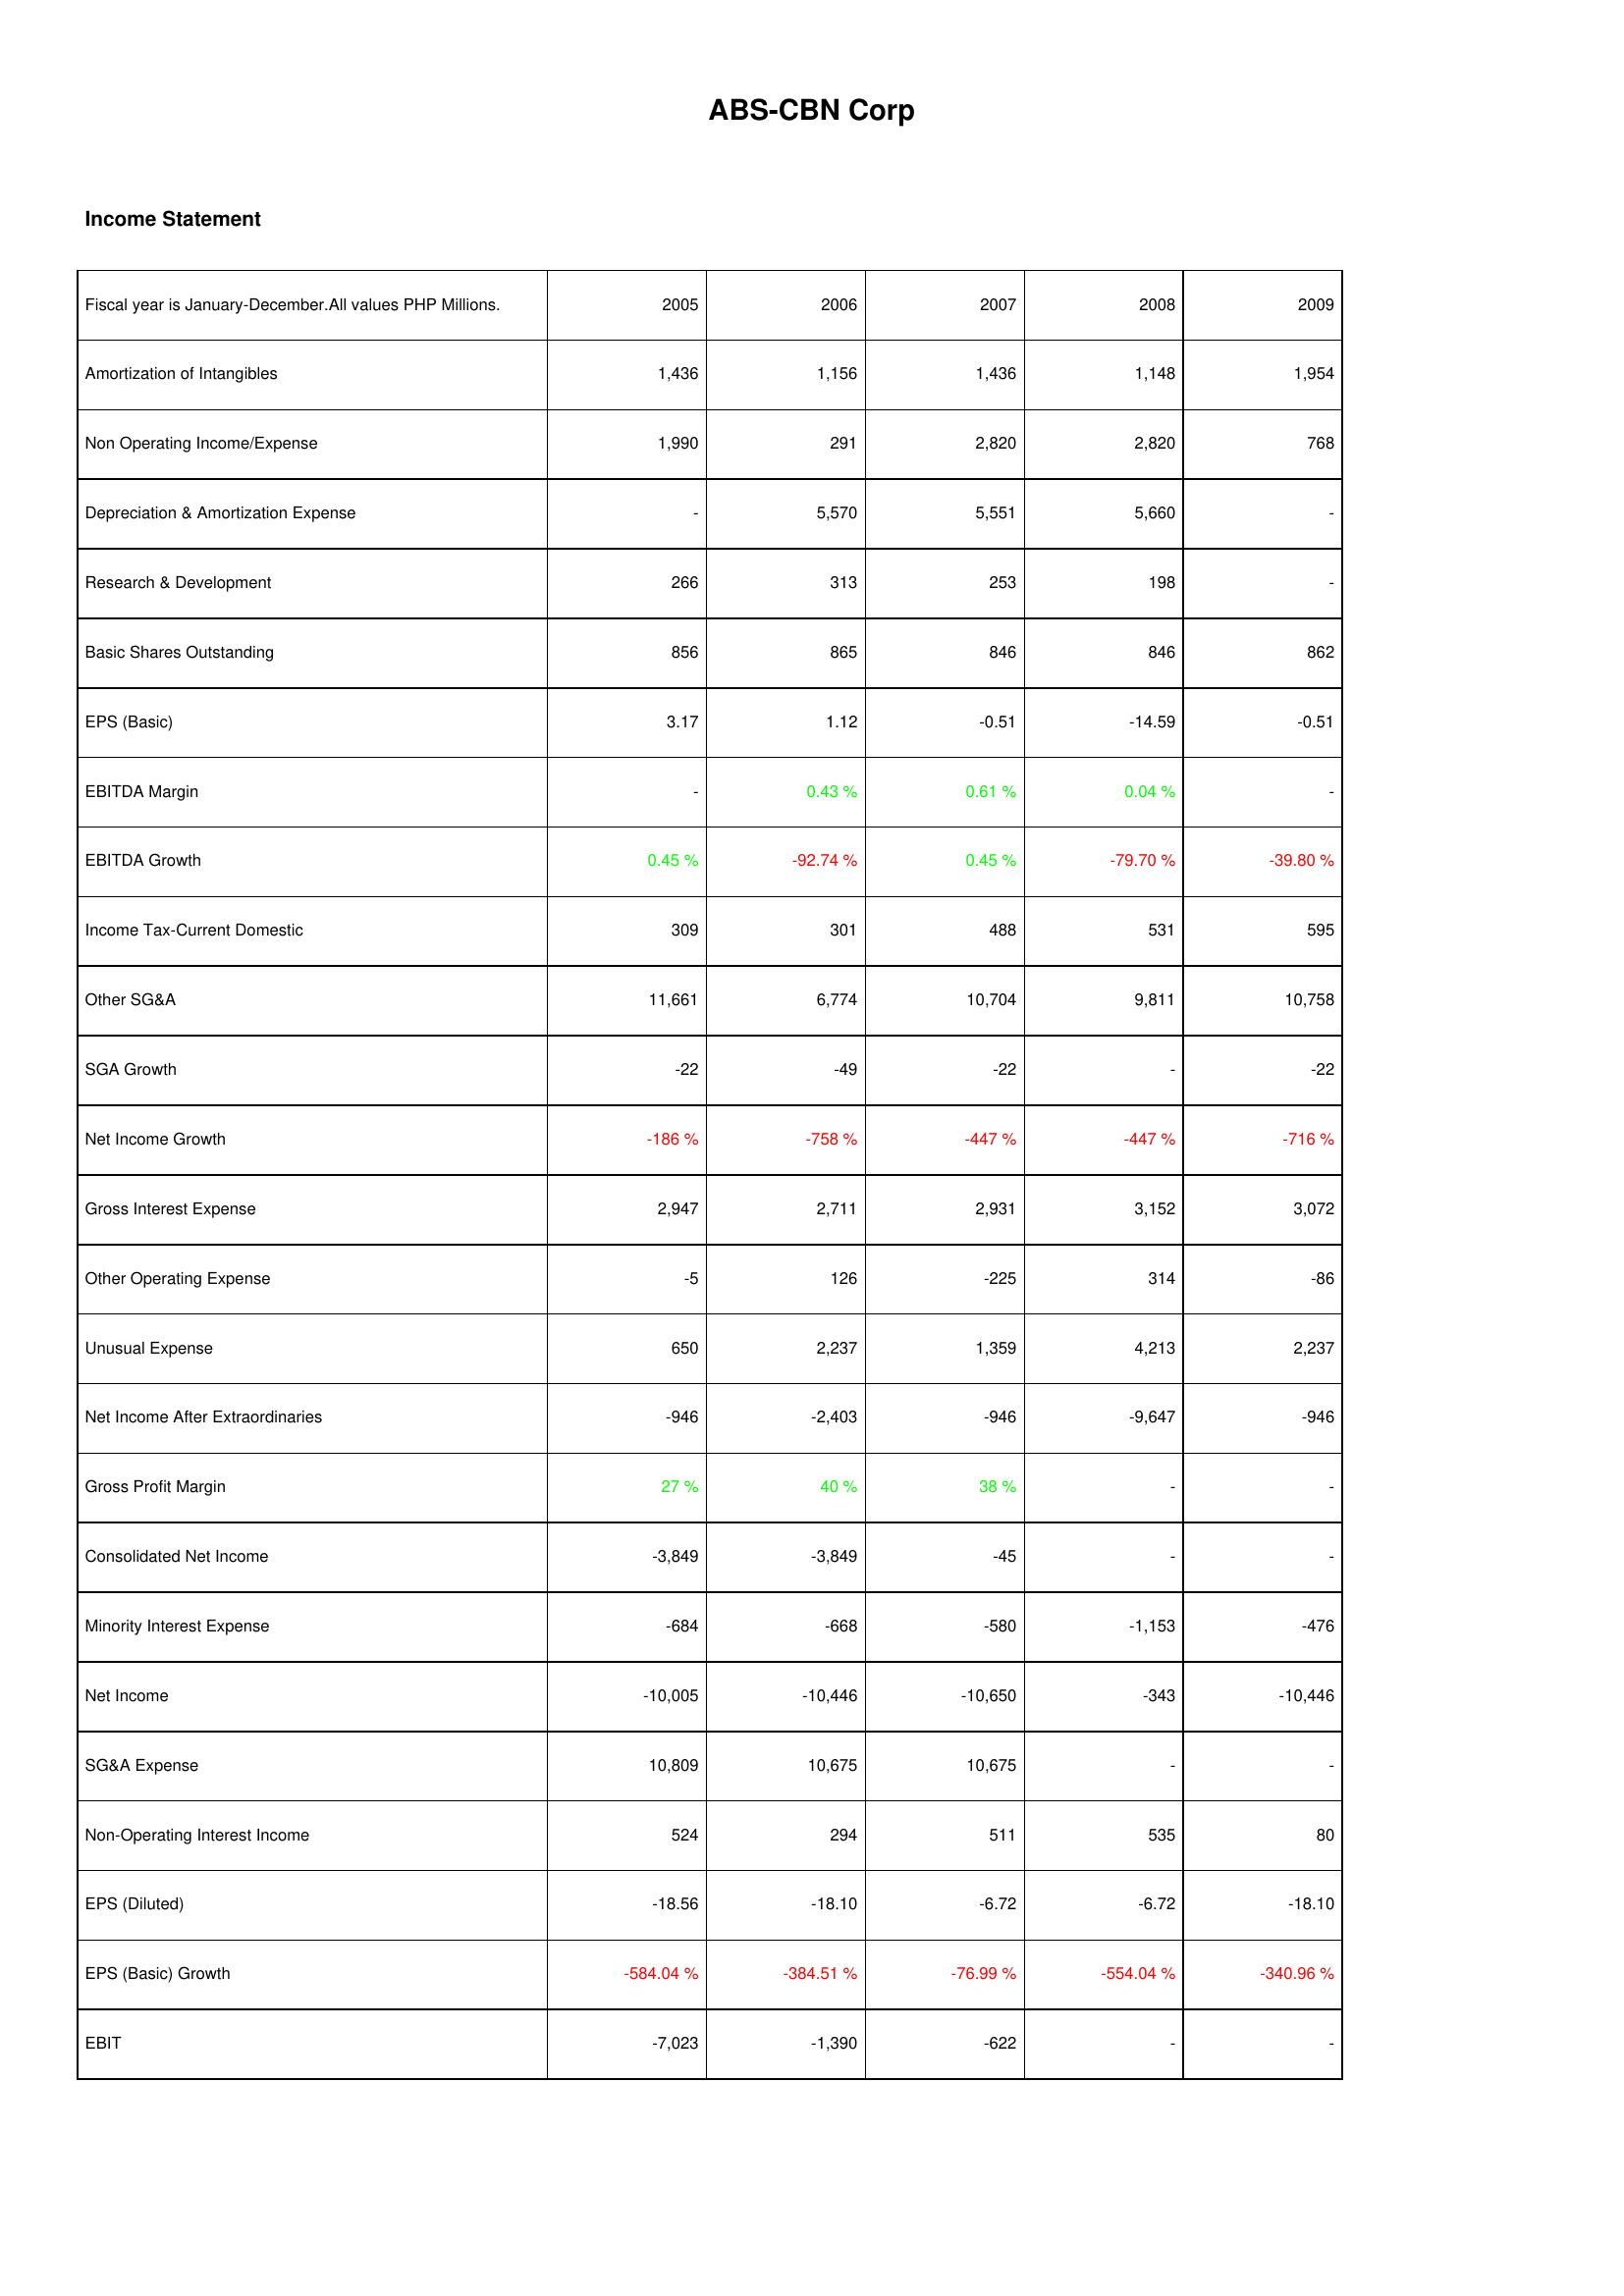
2005: Income Statement: Amortization of Intangibles: 1,436
Non Operating Income/Expense: 1,990
Depreciation & Amortization Expense: -
Research & Development: 266
Basic Shares Outstanding: 856
EPS (Basic): 3.17
EBITDA Margin: -
EBITDA Growth: 0.45 %
Income Tax-Current Domestic: 309
Other SG&A: 11,661
SGA Growth: -22
Net Income Growth: -186 %
Gross Interest Expense: 2,947
Other Operating Expense: -5
Unusual Expense: 650
Net Income After Extraordinaries: -946
Gross Profit Margin: 27 %
Consolidated Net Income: -3,849
Minority Interest Expense: -684
Net Income: -10,005
SG&A Expense: 10,809
Non-Operating Interest Income: 524
EPS (Diluted): -18.56
EPS (Basic) Growth: -584.04 %
EBIT: -7,023
2006: Income Statement: Amortization of Intangibles: 1,156
Non Operating Income/Expense: 291
Depreciation & Amortization Expense: 5,570
Research & Development: 313
Basic Shares Outstanding: 865
EPS (Basic): 1.12
EBITDA Margin: 0.43 %
EBITDA Growth: -92.74 %
Income Tax-Current Domestic: 301
Other SG&A: 6,774
SGA Growth: -49
Net Income Growth: -758 %
Gross Interest Expense: 2,711
Other Operating Expense: 126
Unusual Expense: 2,237
Net Income After Extraordinaries: -2,403
Gross Profit Margin: 40 %
Consolidated Net Income: -3,849
Minority Interest Expense: -668
Net Income: -10,446
SG&A Expense: 10,675
Non-Operating Interest Income: 294
EPS (Diluted): -18.10
EPS (Basic) Growth: -384.51 %
EBIT: -1,390
2007: Income Statement: Amortization of Intangibles: 1,436
Non Operating Income/Expense: 2,820
Depreciation & Amortization Expense: 5,551
Research & Development: 253
Basic Shares Outstanding: 846
EPS (Basic): -0.51
EBITDA Margin: 0.61 %
EBITDA Growth: 0.45 %
Income Tax-Current Domestic: 488
Other SG&A: 10,704
SGA Growth: -22
Net Income Growth: -447 %
Gross Interest Expense: 2,931
Other Operating Expense: -225
Unusual Expense: 1,359
Net Income After Extraordinaries: -946
Gross Profit Margin: 38 %
Consolidated Net Income: -45
Minority Interest Expense: -580
Net Income: -10,650
SG&A Expense: 10,675
Non-Operating Interest Income: 511
EPS (Diluted): -6.72
EPS (Basic) Growth: -76.99 %
EBIT: -622
2008: Income Statement: Amortization of Intangibles: 1,148
Non Operating Income/Expense: 2,820
Depreciation & Amortization Expense: 5,660
Research & Development: 198
Basic Shares Outstanding: 846
EPS (Basic): -14.59
EBITDA Margin: 0.04 %
EBITDA Growth: -79.70 %
Income Tax-Current Domestic: 531
Other SG&A: 9,811
SGA Growth: -
Net Income Growth: -447 %
Gross Interest Expense: 3,152
Other Operating Expense: 314
Unusual Expense: 4,213
Net Income After Extraordinaries: -9,647
Gross Profit Margin: -
Consolidated Net Income: -
Minority Interest Expense: -1,153
Net Income: -343
SG&A Expense: -
Non-Operating Interest Income: 535
EPS (Diluted): -6.72
EPS (Basic) Growth: -554.04 %
EBIT: -
2009: Income Statement: Amortization of Intangibles: 1,954
Non Operating Income/Expense: 768
Depreciation & Amortization Expense: -
Research & Development: -
Basic Shares Outstanding: 862
EPS (Basic): -0.51
EBITDA Margin: -
EBITDA Growth: -39.80 %
Income Tax-Current Domestic: 595
Other SG&A: 10,758
SGA Growth: -22
Net Income Growth: -716 %
Gross Interest Expense: 3,072
Other Operating Expense: -86
Unusual Expense: 2,237
Net Income After Extraordinaries: -946
Gross Profit Margin: -
Consolidated Net Income: -
Minority Interest Expense: -476
Net Income: -10,446
SG&A Expense: -
Non-Operating Interest Income: 80
EPS (Diluted): -18.10
EPS (Basic) Growth: -340.96 %
EBIT: -